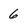
Character: 6